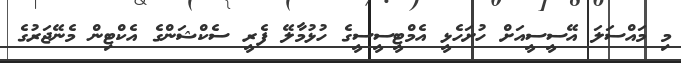
މި މައްސަލަ އޭސީސީއަށް ހުށަހެޅީ އެމްޓީސީސީގެ ހުޅުމާލޭ ފެރީ ސެކްޝަންގެ އެކްޓިން މެނޭޖަރުގެ